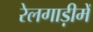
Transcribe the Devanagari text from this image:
रेलगाड़ीमें